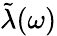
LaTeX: \tilde{\lambda}(\omega)